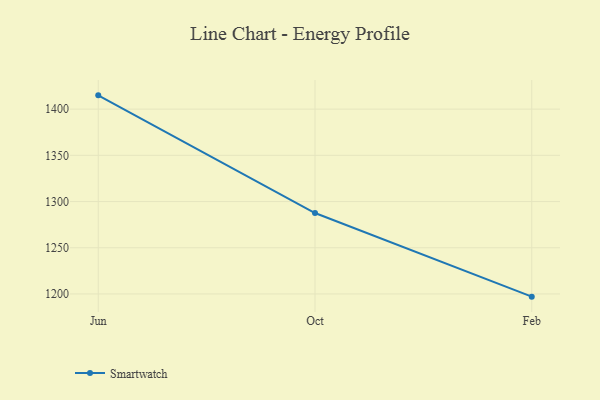
{"axis": {"x": "Month", "y": "Demand Index"}, "legend": ["Smartwatch"], "data": [{"x": "Jun", "y": 1414.9, "type": "Smartwatch"}, {"x": "Oct", "y": 1287.6, "type": "Smartwatch"}, {"x": "Feb", "y": 1197.1, "type": "Smartwatch"}]}